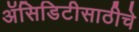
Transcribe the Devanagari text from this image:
अॅसिडिटीसाठीचे